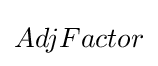
AdjFactor